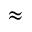
\approx